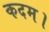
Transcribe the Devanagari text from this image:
कदम।